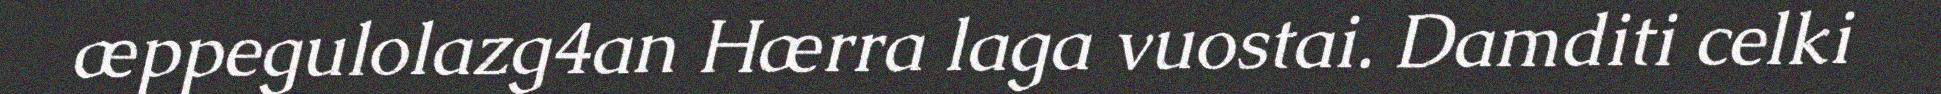
æppegulolazg4an Hærra laga vuostai. Damditi celki